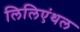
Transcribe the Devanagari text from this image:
लिलिएंथल